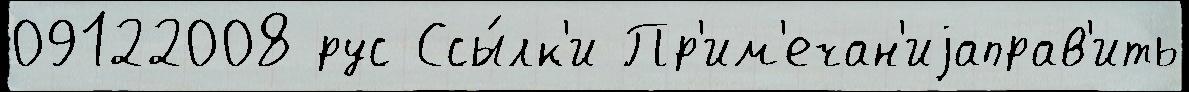
09122008 рус Ссы́лк'и Пр'им'ечан'иjаправ'ить